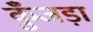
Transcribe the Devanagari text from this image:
कुँजड़ा